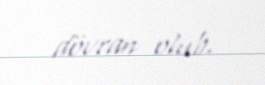
dövran olub.